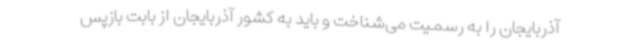
آذربایجان را به رسمیت می‌شناخت و باید به کشور آذربایجان از بابت بازپس